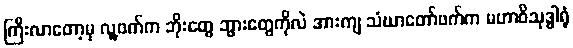
ကြီးလာတော့မှ လူ့ဖက်က ဘိုးတွေ ဘွားတွေကိုလဲ အားကျ သံဃာတော်ဖက်က မဟာဝိသုဒ္ဓါရုံ